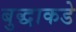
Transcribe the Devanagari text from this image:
बुद्धाकडे